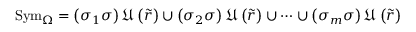
\mathrm { S y m } _ { \Omega } = \left( \sigma _ { 1 } \sigma \right) \mathfrak { U } \left( \tilde { r } \right) \cup \left( \sigma _ { 2 } \sigma \right) \mathfrak { U } \left( \tilde { r } \right) \cup \cdots \cup \left( \sigma _ { m } \sigma \right) \mathfrak { U } \left( \tilde { r } \right)